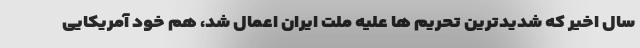
سال اخیر که شدیدترین تحریم ها علیه ملت ایران اعمال شد، هم خود آمریکایی